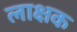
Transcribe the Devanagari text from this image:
लाक्षक